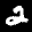
Label: 2